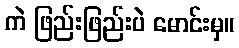
ကဲ ဖြည်းဖြည်းပဲ မောင်းမှ။